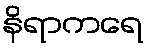
နိရာကရေ